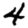
Digit: 4